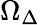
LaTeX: \Omega_{\Delta}